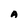
Character: A